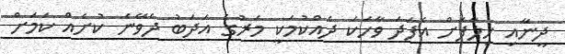
ދީނާއި ހިލާފަށް އެފަދަ ވާހަކަ ދެއްކުމަކީ މަރުގެ އަދަބު ދެވޭނެ ކުށެއް ކަމަށް